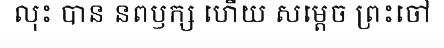
លុះ បាន នពឫក្ស ហើយ សម្តេច ព្រះចៅ